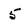
Character: 5